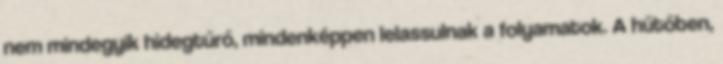
nem mindegyik hidegtűrő, mindenképpen lelassulnak a folyamatok. A hűtőben,